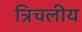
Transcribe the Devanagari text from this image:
त्रिचलीय